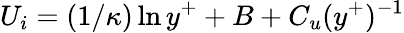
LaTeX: U_{i}=(1/\kappa)\ln y^{+}+B+C_{u}(y^{+})^{-1}